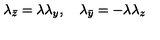
\lambda _ { \bar { z } } = \lambda \lambda _ { y } , \quad \lambda _ { \bar { y } } = - \lambda \lambda _ { z }